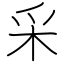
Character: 采